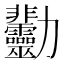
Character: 𠣋